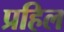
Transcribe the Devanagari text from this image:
प्रहिल